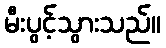
မီးပွင့်သွားသည်။